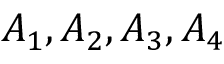
A _ { 1 } , A _ { 2 } , A _ { 3 } , A _ { 4 }